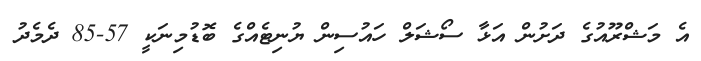
އެ މަޝްރޫއުގެ ދަށުން އަޅާ ސޯޝަލް ހައުސިން ޔުނިޓެއްގެ ބޮޑުމިނަކީ 57-85 ދެމެދު